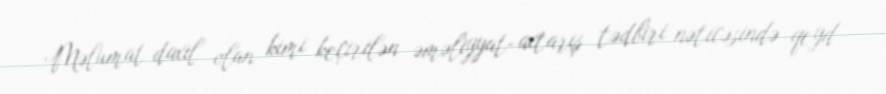
Məlumat daxil olan kimi keçirilən əməliyyat-axtarış tədbiri nəticəsində qeyd